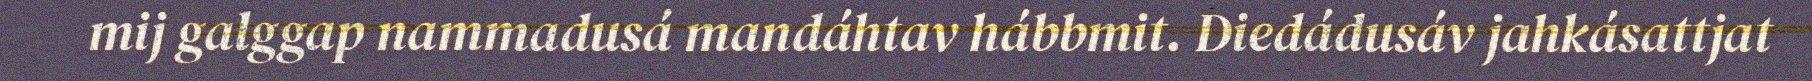
mij galggap nammadusá mandáhtav hábbmit. Diedádusáv jahkásattjat